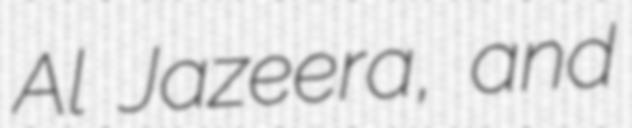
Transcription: Al Jazeera, and